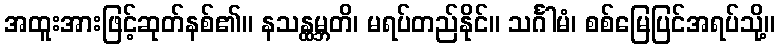
အထူးအားဖြင့်ဆုတ်နစ်၏။ နသန္ထမ္ဘတိ၊ မရပ်တည်နိုင်။ သင်္ဂါမံ၊ စစ်မြေပြင်အရပ်သို့။